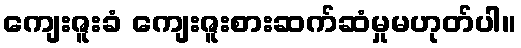
ကျေးဇူးခံ ကျေးဇူးစားဆက်ဆံမှုမဟုတ်ပါ။